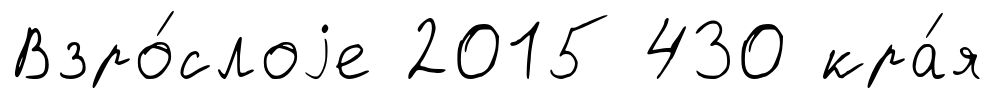
Взро́слоjе 2015 430 кра́я